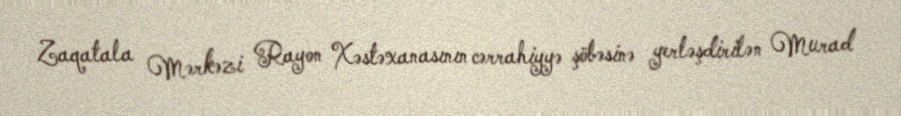
Zaqatala Mərkəzi Rayon Xəstəxanasının cərrahiyyə şöbəsinə yerləşdirilən Murad